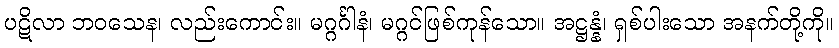
ပဋိလာ ဘဝသေန၊ လည်းကောင်း။ မဂ္ဂင်္ဂါနံ၊ မဂ္ဂင်ဖြစ်ကုန်သော။ အဋ္ဌန္နံ၊ ရှစ်ပါးသော အနက်တို့ကို။